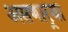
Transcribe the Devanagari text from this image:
असणार्‍या